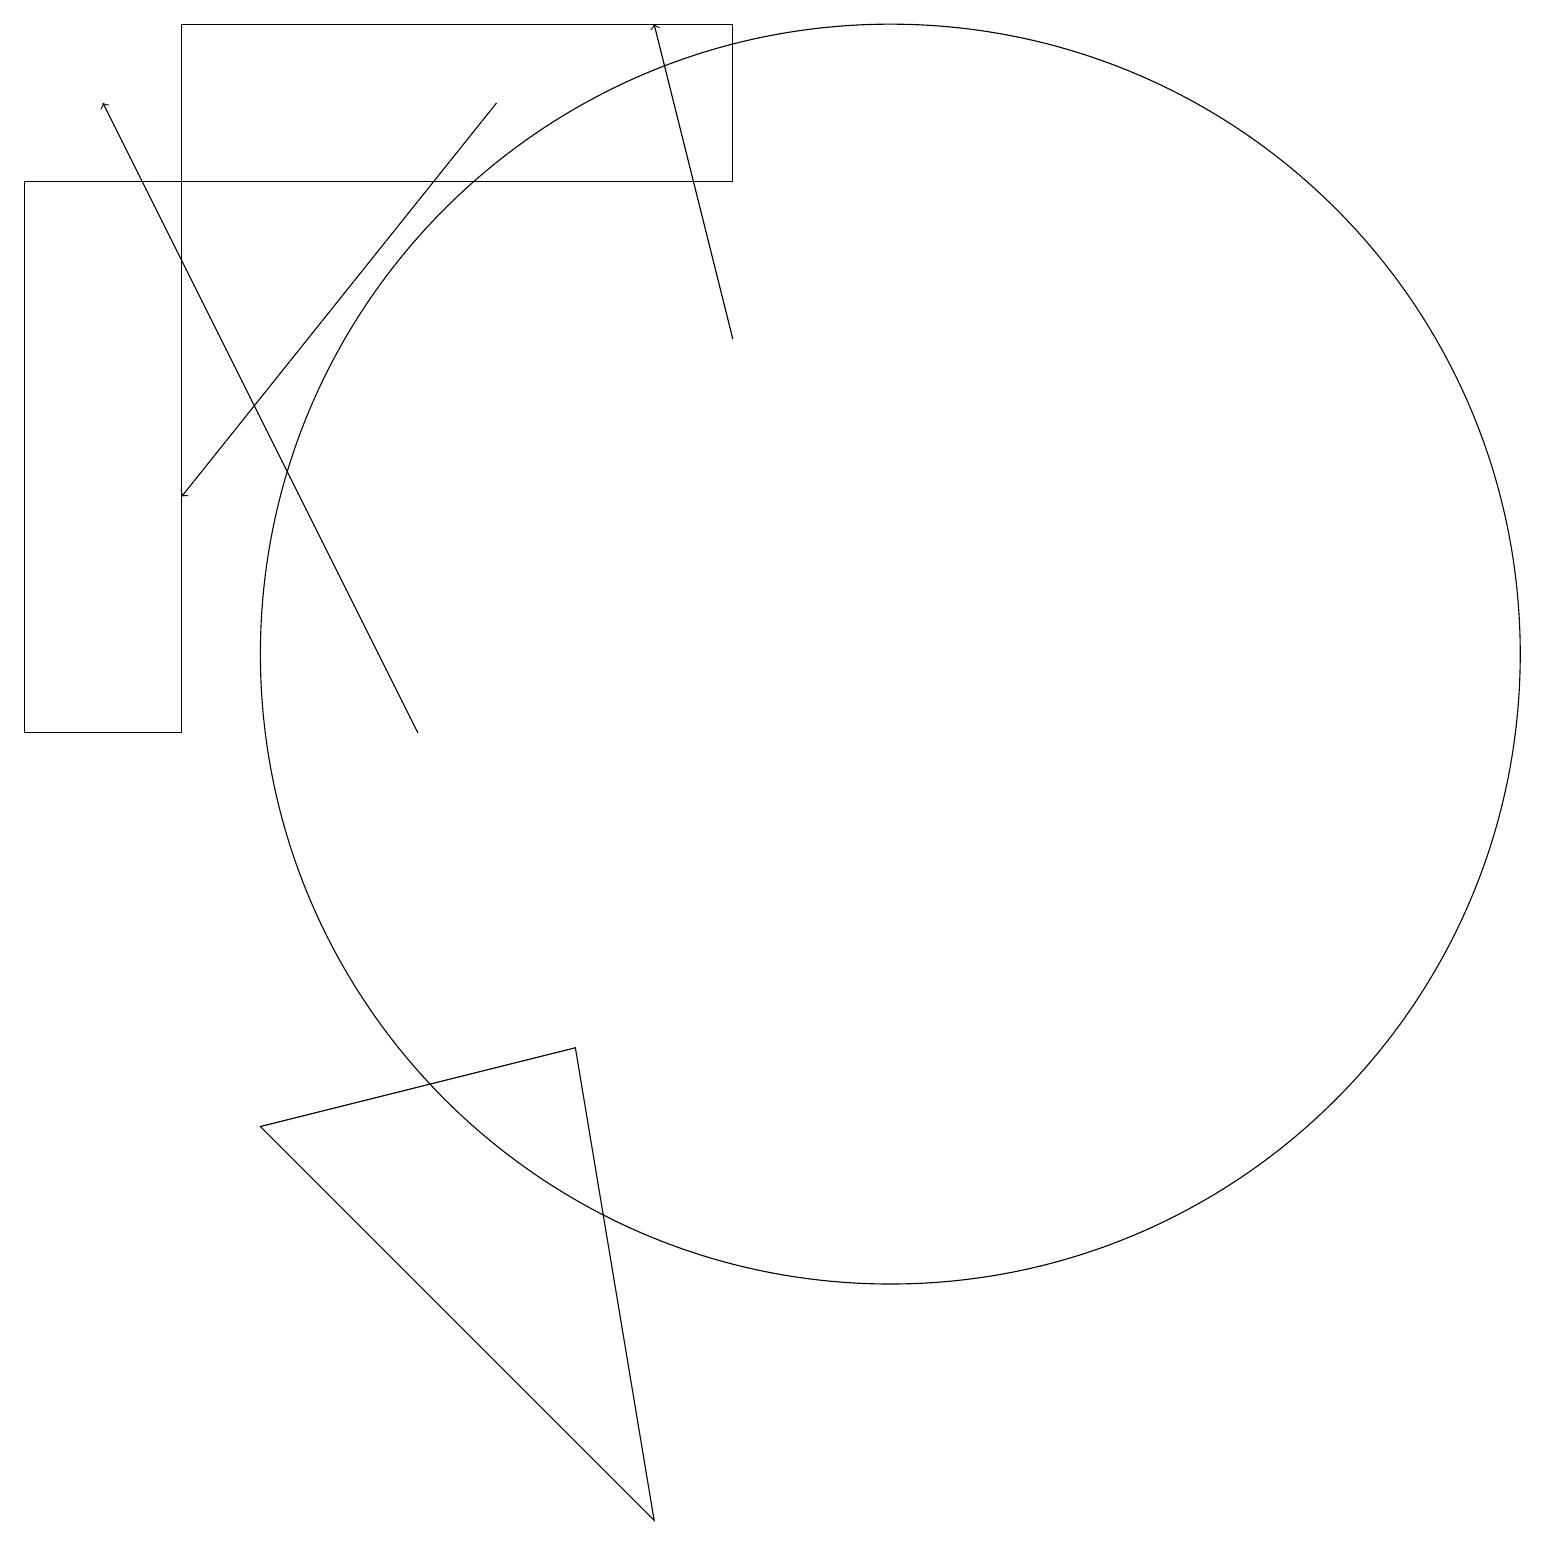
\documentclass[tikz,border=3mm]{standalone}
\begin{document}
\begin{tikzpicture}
\draw[->] (5,10) -- (1,18);
\draw[->] (6,18) -- (2,13);
\draw (8,0) -- (7,6) -- (3,5) -- cycle;
\draw (2,17) rectangle (0,10);
\draw (9,19) rectangle (2,17);
\draw (11,11) circle (8);
\draw[->] (9,15) -- (8,19);
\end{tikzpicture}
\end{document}